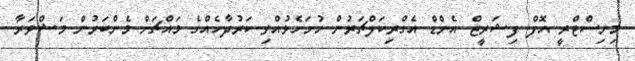
މިނިސްޓްރީ އޮފް ފިޝަރީޒް އެންޑް އެގްރިކަލްޗަރުން ހުށަހެޅުއްވި ކަރުދާހެއްގެ މައްޗަށް މެންބަރުން މަޝްވަރާ